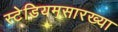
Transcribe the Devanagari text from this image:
स्टेडियमसारख्या